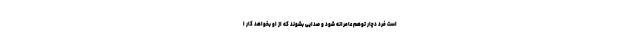
است فرد دچار توهم عامرانه شود و صدایی بشوند که از او بخواهد کار ا